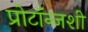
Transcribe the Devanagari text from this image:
प्रोटॉन्जशी